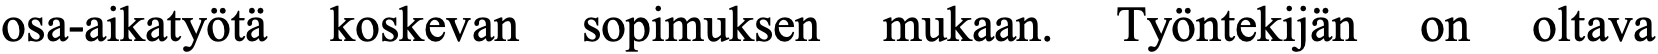
osa-aikatyötä koskevan sopimuksen mukaan. Työntekijän on oltava